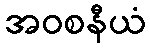
အဝစနီယံ